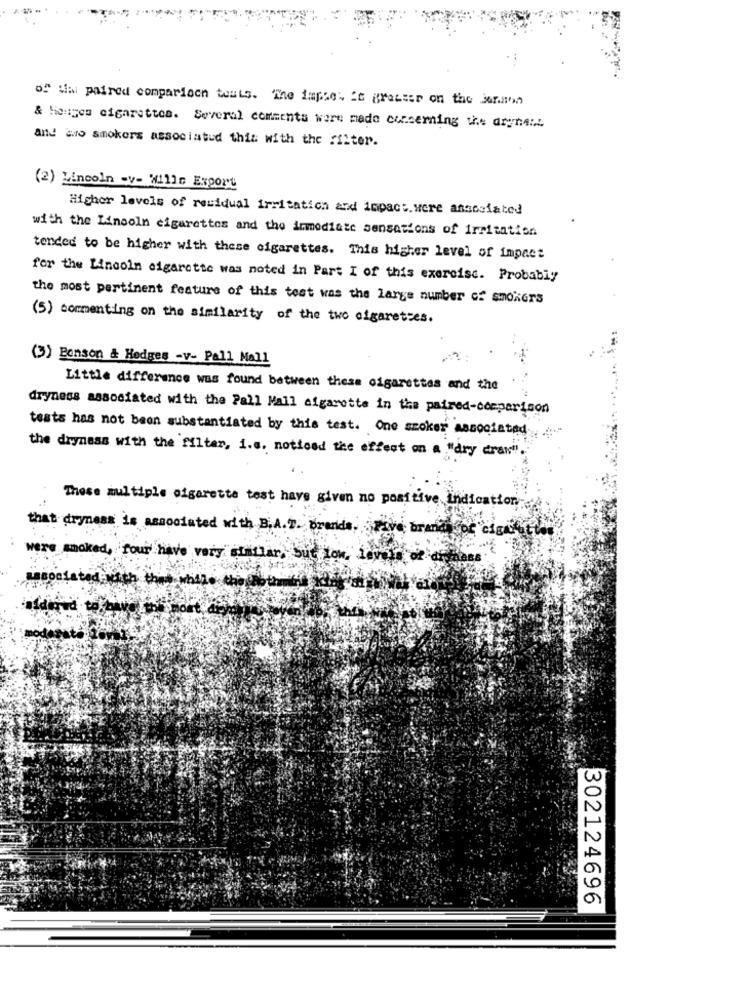
of Ww paired comparison toats. The impie: it grenser on the Jensen
& Houses cigarettes. Several comments were made concerning the argent
and awo smokers associatud this with the filter.
(2) Lincoln -v- Mille Export
Higher levels of residual irritation and impact.were associated
with the Lincoln cigarettes and the immediate sensations of irritation
tended to be higher with these cigarettes. This higher level of impact
for the Lincoln cigarette was noted in Part I of this exercise. Probably
the most pertinent feature of this test was the large number of smokers
(5) commenting on the similarity of the two cigarettes.
(3) Benson & Hedges -v- Pall Mall
Little difference was found between these cigarettes and the
dryness associated with the Pall Mall cigarette in the paired-comparison
tests has not been substantiated by this test. One szoker associated
the dryness with the filter, i.s. noticed the effect on a "dry dras".
These multiple cigarette test have given no positive indication
that dryness is associated with B.A.T. prende,
give brana
were smoked, four have very similar, but iok,
thet while the
302124696